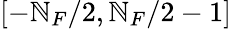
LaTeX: [-\mathbb{N}_{F}/2,\mathbb{N}_{F}/2-1]